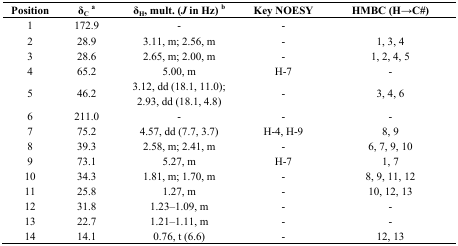
| Position | δCa | δH, mult. (J in Hz) b | Key NOESY | HMBC (H→C#) |
 | --- | --- | --- | --- | --- |
 | 1 | 172.9 | - | - |  |
 | 2 | 28.9 | 3.11, m; 2.56, m | - | 1, 3, 4 |
 | 3 | 28.6 | 2.65, m; 2.00, m | - | 1, 2, 4, 5 |
 | 4 | 65.2 | 5.00, m | H-7 | - |
 | 5 | 46.2 | 3.12, dd (18.1, 11.0); 2.93, dd (18.1, 4.8) | - | 3, 4, 6 |
 | 6 | 211.0 | - | - | - |
 | 7 | 75.2 | 4.57, dd (7.7, 3.7) | H-4, H-9 | 8, 9 |
 | 8 | 39.3 | 2.58, m; 2.41, m | - | 6, 7, 9, 10 |
 | 9 | 73.1 | 5.27, m | H-7 | 1, 7 |
 | 10 | 34.3 | 1.81, m; 1.70, m | - | 8, 9, 11, 12 |
 | 11 | 25.8 | 1.27, m | - | 10, 12, 13 |
 | 12 | 31.8 | 1.23–1.09, m | - | - |
 | 13 | 22.7 | 1.21–1.11, m | - | - |
 | 14 | 14.1 | 0.76, t (6.6) | - | 12, 13 |